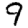
Digit: 9